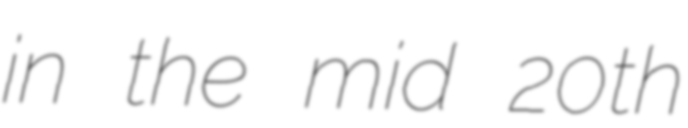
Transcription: in the mid 20th